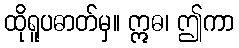
ထိုရူပဓာတ်မှ။ ဣဓ၊ ဤကာ